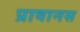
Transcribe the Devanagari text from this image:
प्रावानस